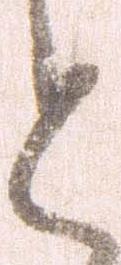
と